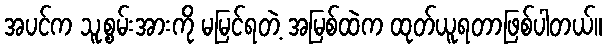
အပင်က သူ့စွမ်းအားကို မမြင်ရတဲ့ အမြစ်ထဲက ထုတ်ယူရတာဖြစ်ပါတယ်။